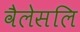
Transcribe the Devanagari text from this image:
वैलेसलि